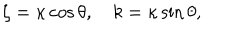
\zeta = \kappa \cos \theta , \quad k = \kappa \sin \theta ,